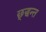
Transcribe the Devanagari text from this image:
छ्द्धन्त